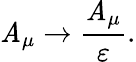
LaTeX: \mathit{A}_{\mu}\rightarrow\frac{{\mathit{A}_{\mu}}}{{\varepsilon}}.